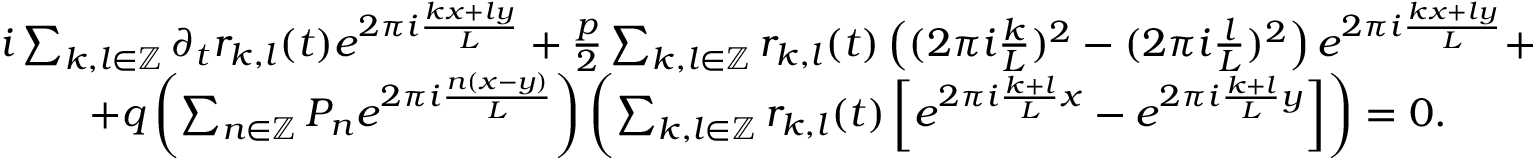
\begin{array} { c } { i \sum _ { k , l \in \mathbb { Z } } \partial _ { t } r _ { k , l } ( t ) e ^ { 2 \pi i \frac { k x + l y } L } + \frac { p } 2 \sum _ { k , l \in \mathbb { Z } } r _ { k , l } ( t ) \left( ( 2 \pi i \frac { k } L ) ^ { 2 } - ( 2 \pi i \frac { l } L ) ^ { 2 } \right) e ^ { 2 \pi i \frac { k x + l y } L } + } \\ { + q \left( \sum _ { n \in \mathbb { Z } } P _ { n } e ^ { 2 \pi i \frac { n ( x - y ) } L } \right) \left( \sum _ { k , l \in \mathbb { Z } } r _ { k , l } ( t ) \left[ e ^ { 2 \pi i \frac { k + l } L x } - e ^ { 2 \pi i \frac { k + l } L y } \right] \right) = 0 . } \end{array}